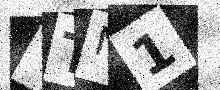
Text: VTN1